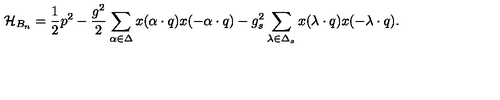
{ \cal H } _ { B _ { n } } = { \frac { 1 } { 2 } } p ^ { 2 } - { \frac { g ^ { 2 } } { 2 } } \sum _ { \alpha \in \Delta } x ( \alpha \cdot q ) x ( - \alpha \cdot q ) - { g _ { s } ^ { 2 } } \sum _ { \lambda \in \Delta _ { s } } x ( \lambda \cdot q ) x ( - \lambda \cdot q ) .